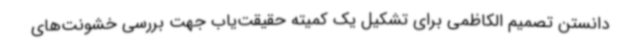
دانستن تصمیم الکاظمی برای تشکیل یک کمیته حقیقت‌یاب جهت بررسی خشونت‌های